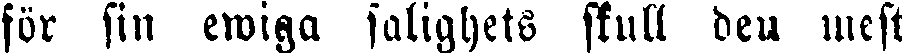
för sin ewiga salighets skull den mest